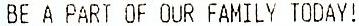
BE A PART OF OUR FAMILY TODAY!